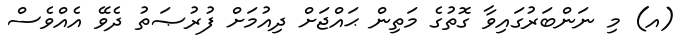
(އ) މި ނަންބަރުގައިވާ ގޮތުގެ މަތިން ޙައްޖަށް ދިއުމަށް ފުރުޞަތު ދެވޭ އެއްވެސް